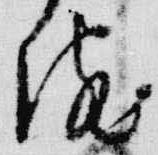
院